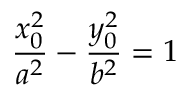
{ \frac { x _ { 0 } ^ { 2 } } { a ^ { 2 } } } - { \frac { y _ { 0 } ^ { 2 } } { b ^ { 2 } } } = 1